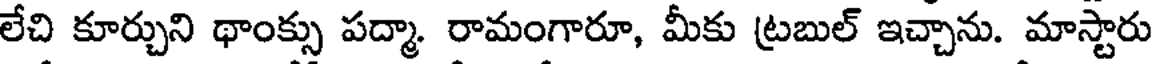
లేచి కూర్చుని థాంక్సు పద్మా. రామంగారూ, మీకు ట్రబుల్ ఇచ్చాను. మాస్టారు